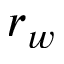
r _ { w }